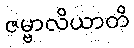
ဇမ္ဗာလိယာတိ